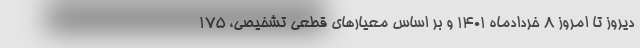
دیروز تا امروز ۸ خردادماه ۱۴۰۱ و بر اساس معیارهای قطعی تشخیصی، ۱۷۵